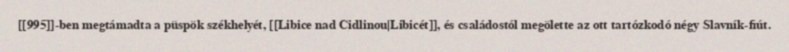
[[995]]-ben megtámadta a püspök székhelyét, [[Libice nad Cidlinou|Libicét]], és családostól megölette az ott tartózkodó négy Slavník-fiút.